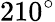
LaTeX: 210^{\circ}